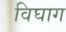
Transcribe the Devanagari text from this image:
विघाग